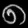
Digit: ၈